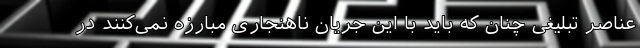
عناصر تبلیغی چنان که باید با این جریان ناهنجاری مبارزه نمی‌کنند در